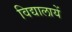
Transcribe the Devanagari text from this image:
विद्यालायें